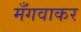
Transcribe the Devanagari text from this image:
मँगवाकर